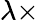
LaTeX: \lambda\times